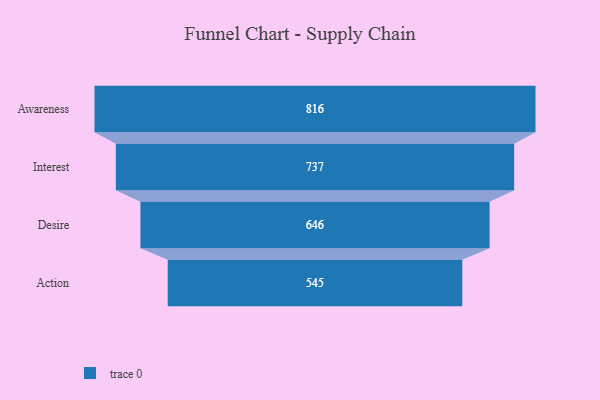
{"axis": {"x": "Stage", "y": "Value"}, "legend": [""], "data": [{"x": "Awareness", "y": 816.0, "type": ""}, {"x": "Interest", "y": 737.0, "type": ""}, {"x": "Desire", "y": 646.0, "type": ""}, {"x": "Action", "y": 545.0, "type": ""}]}